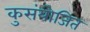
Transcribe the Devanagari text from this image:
कुसंयोजित